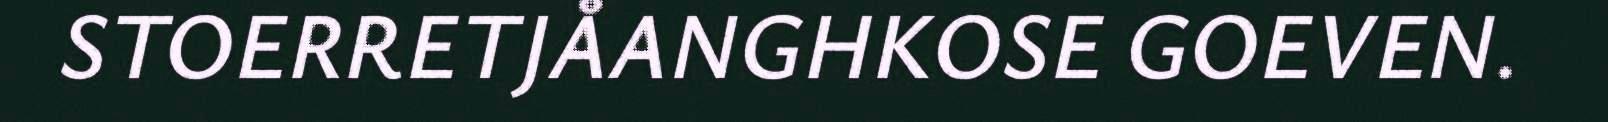
STOERRETJÅANGHKOSE GOEVEN.